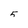
Character: 5